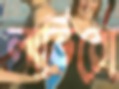
লাভিরো